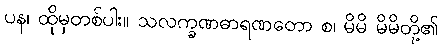
ပန၊ ထိုမှတစ်ပါး။ သလက္ခဏဓာရဏတော စ၊ မိမိ မိမိတို့၏